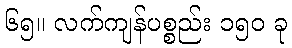
၆၅။ လက်ကျန်ပစ္စည်း ၁၅၀ ခု